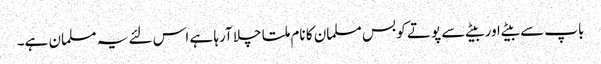
باپ سے بیٹے اور بیٹے سے پوتے کو بس مسلمان کا نام ملتا چلا آرہا ہے اس لئے یہ مسلمان ہے۔